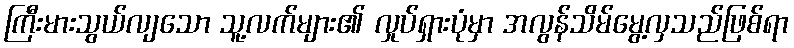
ကြီးမားသွယ်လျသော သူ့လက်များ၏ လှုပ်ရှားပုံမှာ အလွန်သိမ်မွေ့လှသည်ဖြစ်ရာ